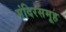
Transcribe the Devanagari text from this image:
मंदिरसमूह